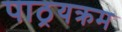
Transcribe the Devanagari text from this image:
पाठ्रयक्रम